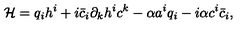
{ \cal H } = q _ { i } h ^ { i } + i \bar { c } _ { i } \partial _ { k } h ^ { i } c ^ { k } - \alpha a ^ { i } q _ { i } - i \alpha c ^ { i } \bar { c } _ { i } ,